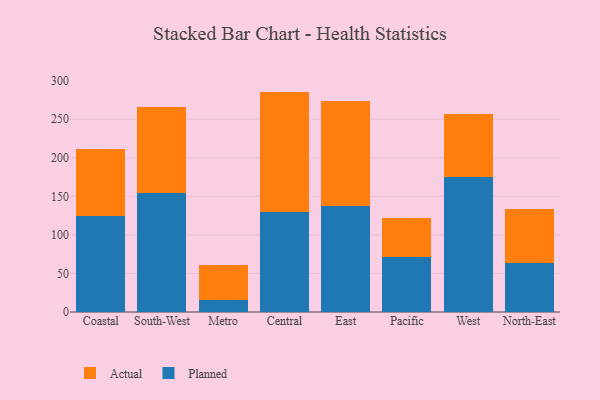
{"axis": {"x": "Region", "y": "Demand Index"}, "legend": ["Actual", "Planned"], "data": [{"x": "Coastal", "y": 124.9, "type": "Planned"}, {"x": "Coastal", "y": 87.0, "type": "Actual"}, {"x": "South-West", "y": 154.9, "type": "Planned"}, {"x": "South-West", "y": 110.5, "type": "Actual"}, {"x": "Metro", "y": 16.1, "type": "Planned"}, {"x": "Metro", "y": 44.8, "type": "Actual"}, {"x": "Central", "y": 130.1, "type": "Planned"}, {"x": "Central", "y": 155.8, "type": "Actual"}, {"x": "East", "y": 137.3, "type": "Planned"}, {"x": "East", "y": 136.4, "type": "Actual"}, {"x": "Pacific", "y": 71.4, "type": "Planned"}, {"x": "Pacific", "y": 50.0, "type": "Actual"}, {"x": "West", "y": 175.0, "type": "Planned"}, {"x": "West", "y": 82.3, "type": "Actual"}, {"x": "North-East", "y": 63.6, "type": "Planned"}, {"x": "North-East", "y": 69.8, "type": "Actual"}]}